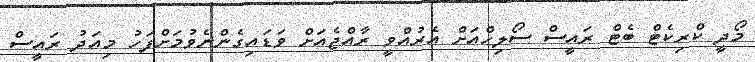
މޯދީ ކްރިކެޓް ބެޓް ރައީސް ސޯލިހްއަށް އެރުއްވީ ރާއްޖެއަށް ވަޑައިގެންނެވުމަށްފަހު މިއަދު ރައީސް